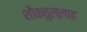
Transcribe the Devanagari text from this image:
शौकतुल्लाह